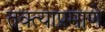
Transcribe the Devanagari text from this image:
तक्त्याप्रमाणे